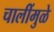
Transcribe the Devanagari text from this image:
चालींमुळे